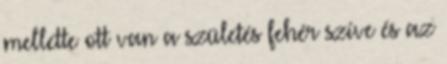
mellette ott van a születés fehér szíve és az